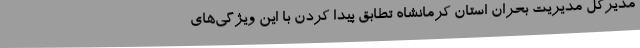
مدیرکل مدیریت بحران استان کرمانشاه تطابق پیدا کردن با این ویژگی‌های